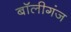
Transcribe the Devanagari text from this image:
बॉलीगंज